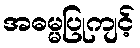
အဓမ္မပြုကျင့်